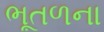
ભૂતળના